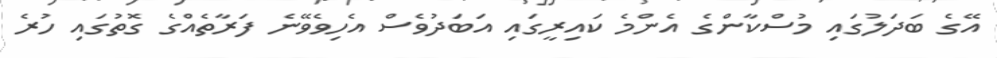
އޭގެ ބަދަލުގައި މުސްކާންގެ އެންމެ ކައިރީގައި އަބަދުވެސް އެހިވެވޭނެ ފަރާތެއްގެ ގޮތުގައި ހުރެ